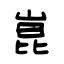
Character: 崑